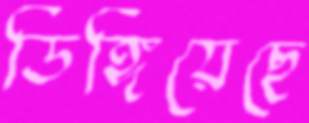
ডিঙ্গিয়েছে